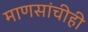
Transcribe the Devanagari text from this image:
माणसांचीही